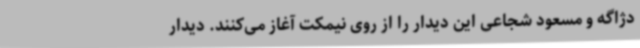
دژاگه و مسعود شجاعی این دیدار را از روی نیمکت آغاز می‌کنند. دیدار